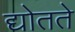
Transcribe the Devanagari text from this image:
द्योतते